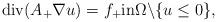
LaTeX: \begin{align*}\mbox{div}( A_+ \nabla u) = f_{+} \mbox{in} \Omega \backslash \{u \le 0\},\end{align*}